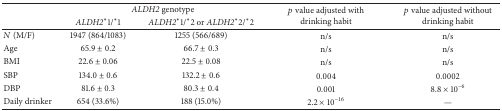
<table><thead><tr><td><b> </b></td><td colspan="2"><b><i>ALDH2</i> genotype</b></td><td rowspan="2"><b><i>p</i> value adjusted with drinking habit</b></td><td rowspan="2"><b><i>p</i> value adjusted without drinking habit</b></td></tr><tr><td><b> </b></td><td><b><i>ALDH2</i><sup><i>∗</i></sup>1/<sup><i>∗</i></sup>1</b></td><td><b><i>ALDH2</i><sup><i>∗</i></sup>1/<sup><i>∗</i></sup>2 or <i>ALDH2</i><sup><i>∗</i></sup>2/<sup><i>∗</i></sup>2</b></td></tr></thead><tbody><tr><td><i>N</i> (M/F) </td><td>1947 (864/1083)</td><td>1255 (566/689)</td><td>n/s</td><td>n/s</td></tr><tr><td>Age</td><td>65.9 ± 0.2</td><td>66.7 ± 0.3</td><td>n/s</td><td>n/s</td></tr><tr><td>BMI</td><td>22.6 ± 0.06</td><td>22.5 ± 0.08</td><td>n/s</td><td>n/s</td></tr><tr><td>SBP</td><td>134.0 ± 0.6</td><td>132.2 ± 0.6</td><td>0.004</td><td>0.0002</td></tr><tr><td>DBP</td><td>81.6 ± 0.3</td><td>80.3 ± 0.4</td><td>0.001</td><td>8.8 × 10<sup>−6</sup></td></tr><tr><td>Daily drinker</td><td>654 (33.6%)</td><td>188 (15.0%)</td><td>2.2 × 10<sup>−16</sup></td><td>—</td></tr></tbody></table>